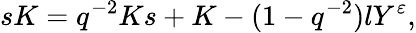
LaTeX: sK=q^{-2}Ks+K-(1-q^{-2})lY^{\varepsilon},